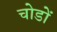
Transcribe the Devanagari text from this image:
चोडों